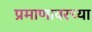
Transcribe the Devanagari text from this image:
प्रमाणावरच्या